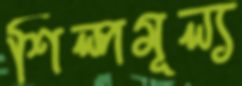
শিল্পমূল্য